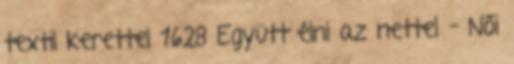
textil kerettel 1628 Együtt élni az nettel – Női